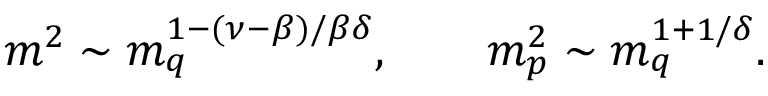
m ^ { 2 } \sim m _ { q } ^ { 1 - ( \nu - \beta ) / \beta \delta } , \qquad m _ { p } ^ { 2 } \sim m _ { q } ^ { 1 + 1 / \delta } .